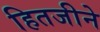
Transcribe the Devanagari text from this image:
हितजीने